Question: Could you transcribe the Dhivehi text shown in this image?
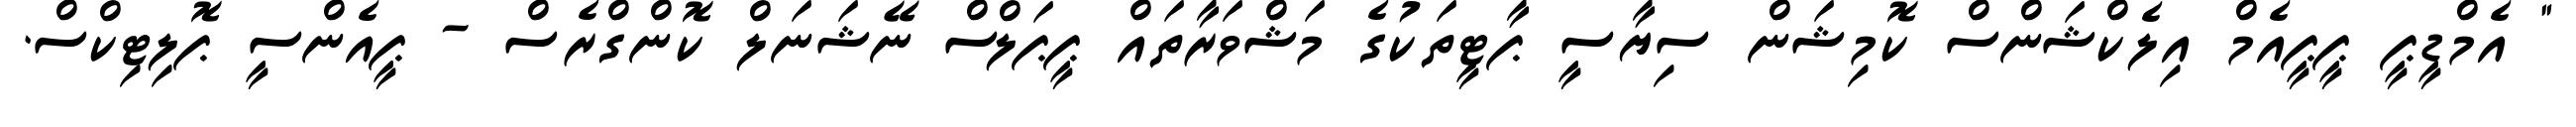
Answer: " އެމްޑީޕީ ޕީޕީއެމް އިލެކްޝަންސް ކޮމިޝަން ސިޔާސީ ޕާޓީތަކުގެ މަޝްވަރާތައް ޕީޕަލްސް ނޭޝަނަލް ކޮންގްރެސް - ޕީއެންސީ ޕޮލިޓިކްސް.